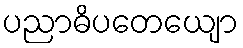
ပညာဓိပတေယျော